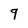
Character: g